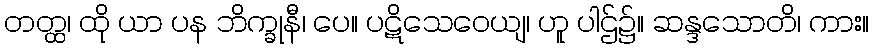
တတ္ထ၊ ထို ယာ ပန ဘိက္ခုနီ၊ ပေ။ ပဋိသေဝေယျ၊ ဟူ ပါဌ်၌။ ဆန္ဒသောတိ၊ ကား။